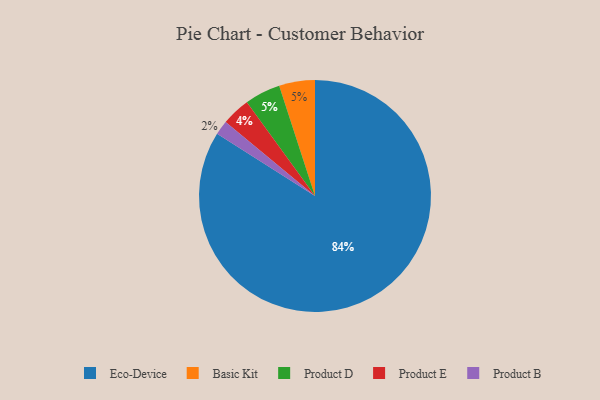
{"axis": {"x": "Category", "y": "Percentage"}, "legend": ["Basic Kit", "Eco-Device", "Product B", "Product D", "Product E"], "data": [{"x": "Eco-Device", "y": 84, "type": "Eco-Device"}, {"x": "Basic Kit", "y": 5, "type": "Basic Kit"}, {"x": "Product D", "y": 5, "type": "Product D"}, {"x": "Product E", "y": 4, "type": "Product E"}, {"x": "Product B", "y": 2, "type": "Product B"}]}